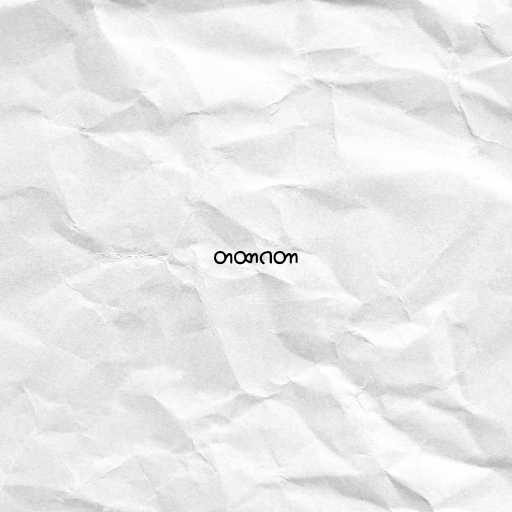
တထာဂတာ